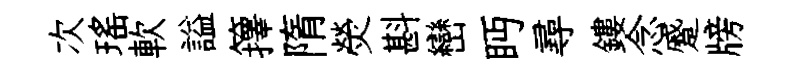
次瑶軟謚籜隋熒斟巒眄尋鏤念蹙牓